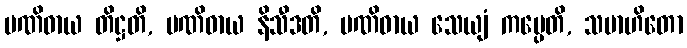
ပဏိဓာယ တိဋ္ဌတိ, ပဏိဓာယ နိသီဒတိ, ပဏိဓာယ သေယျံ ကပ္ပေတိ, သမာဟိတော